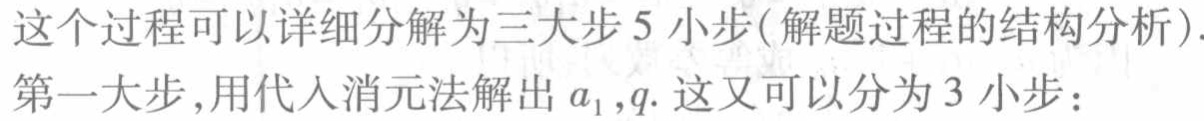
这个过程可以详细分解为三大步 5 小步(解题过程的结构分析).
第一大步，用代入消元法解出 \(a_1,q\). 这又可以分为 3 小步：